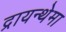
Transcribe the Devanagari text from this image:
द्रायन्थेमा